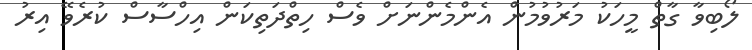
ލޯބިވާ ގާތް މީހަކު މަރުވުމުން އެންމެންނަށް ވެސް ހިތްދަތިކަން އިހްސާސް ކުރެވޭ އިރު